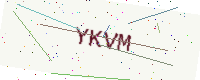
Text: YKVM